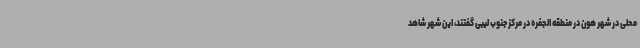
محلی در شهر هون در منطقه الجفره در مرکز جنوب لیبی گفتند، این شهر شاهد